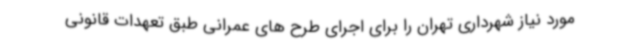
مورد نیاز شهرداری تهران را برای اجرای طرح های عمرانی طبق تعهدات قانونی